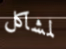
لمشاكل